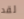
لقد